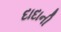
દાદાની